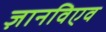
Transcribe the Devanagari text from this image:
ज़ानविएव